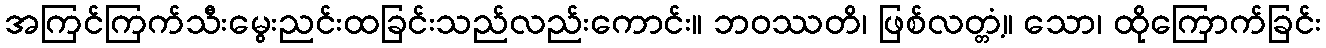
အကြင်ကြက်သီးမွေးညင်းထခြင်းသည်လည်းကောင်း။ ဘဝဿတိ၊ ဖြစ်လတ္တံ့။ သော၊ ထိုကြောက်ခြင်း